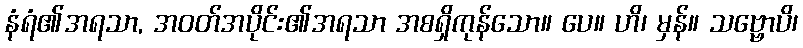
နံရံ၏အရသာ, အဝတ်အပိုင်း၏အရသာ အစရှိကုန်သော။ ပေ။ ဟိ၊ မှန်။ သဗ္ဗောပိ၊